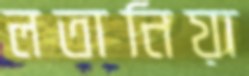
লতানিয়া